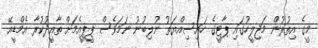
މީގެ އިތުރުން މަޖިލީހުގައި ޕާޓީގެ ހައިސިއްޔަތު ނުލިބުނު ނަމަވެސް ޕީޕީއެމަށް ތާއީދުކުރާ އެމްޑީއޭ